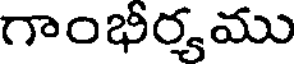
గాంభీర్యము